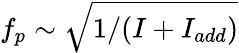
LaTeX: f_{p}\sim\sqrt{1/(I+I_{add})}